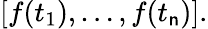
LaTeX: [f(t_{1}),\dots,f(t_{\mathsf{n}})].